Scottish Certificate of Education, 1963
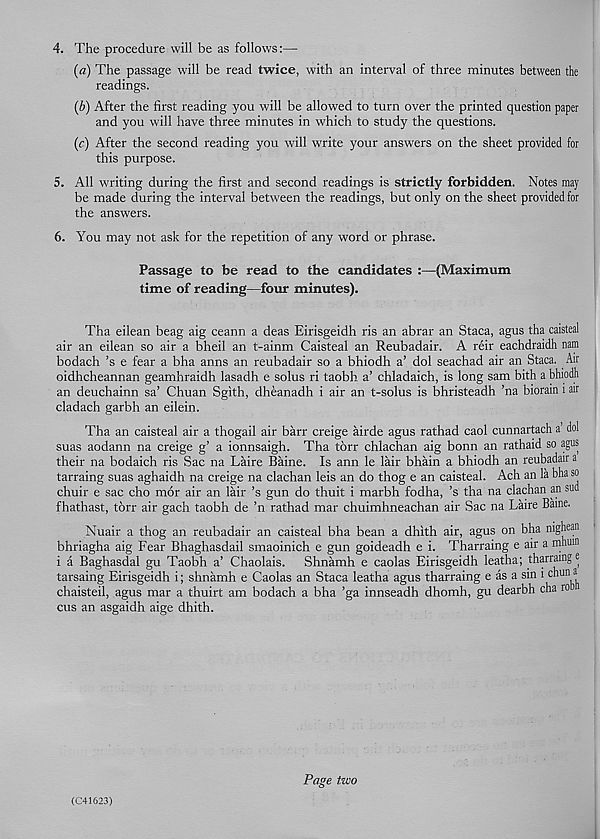
4. The procedure will be as follows:—
{a) The passage will be read twice, with an interval of three minutes between the
readings.
(b) After the first reading you will be allowed to turn over the printed question paper
and you will have three minutes in which to study the questions.
(c) After the second reading you will write your answers on the sheet provided for
this purpose.
5. All writing during the first and second readings is strictly forbidden. Notes may
be made during the interval between the readings, but only on the sheet provided for
the answers.
6. You may not ask for the repetition of any word or phrase.
Passage to be read to the candidates :—(Maximum
time of reading—four minutes).
Tha eilean beag aig ceann a deas Eirisgeidh ris an abrar an Staca, agus tha caisteal
air an eilean so air a bheil an t-ainm Caisteal an Reubadair. A reir eachdraidh nam
bodach’s e fear a bha anns an reubadair so a bhiodh a’ dol seachad air an Staca. Air
oidhcheannan geamhraidh lasadh e solus ri taobh a’ chladaich, is long sam bith a bhiodh
an deuchainn sa’ Chuan Sgith, dheanadh i air an t-solus is bhristeadh ’na biorain i air
cladach garbh an eilein.
Tha an caisteal air a thogail air barr creige airde agus rathad caol cunnartach a dol
suas aodann na creige g’ a ionnsaigh. Tha torr chlachan aig bonn an rathaid so agus
their na bodaich ris Sac na Laire Baine. Is ann le lair bhain a bhiodh an reubadair a
tarraing suas aghaidh na creige na clachan leis an do thog e an caisteal. Ach an la bha so
chuir e sac cho mor air an lair’s gun do thuit i marbh fodha, ’s tha na clachan an sud
fhathast, torr air gach taobh de ’n rathad mar chuimhneachan air Sac na Laire Bame.
Nuair a thog an reubadair an caisteal bha bean a dhith air, agus on bha nighean
bhriagha aig Fear Bhaghasdail smaoinich e gun goideadh e i. Tharraing e air a mhuin
i a Baghasdal gu Taobh a’ Chaolais. Shnamh e caolas Eirisgeidh leatha; tharraing e
tarsaing Eirisgeidh i; shnamh e Caolas an Staca leatha agus tharraing e as a sin i t* 11111 J
chaisteil, agus mar a thuirt am bodach a bha ’ga innseadh dhomh, gu dearbh cha ro
cus an asgaidh aige dhith.
Page two
(C41623)